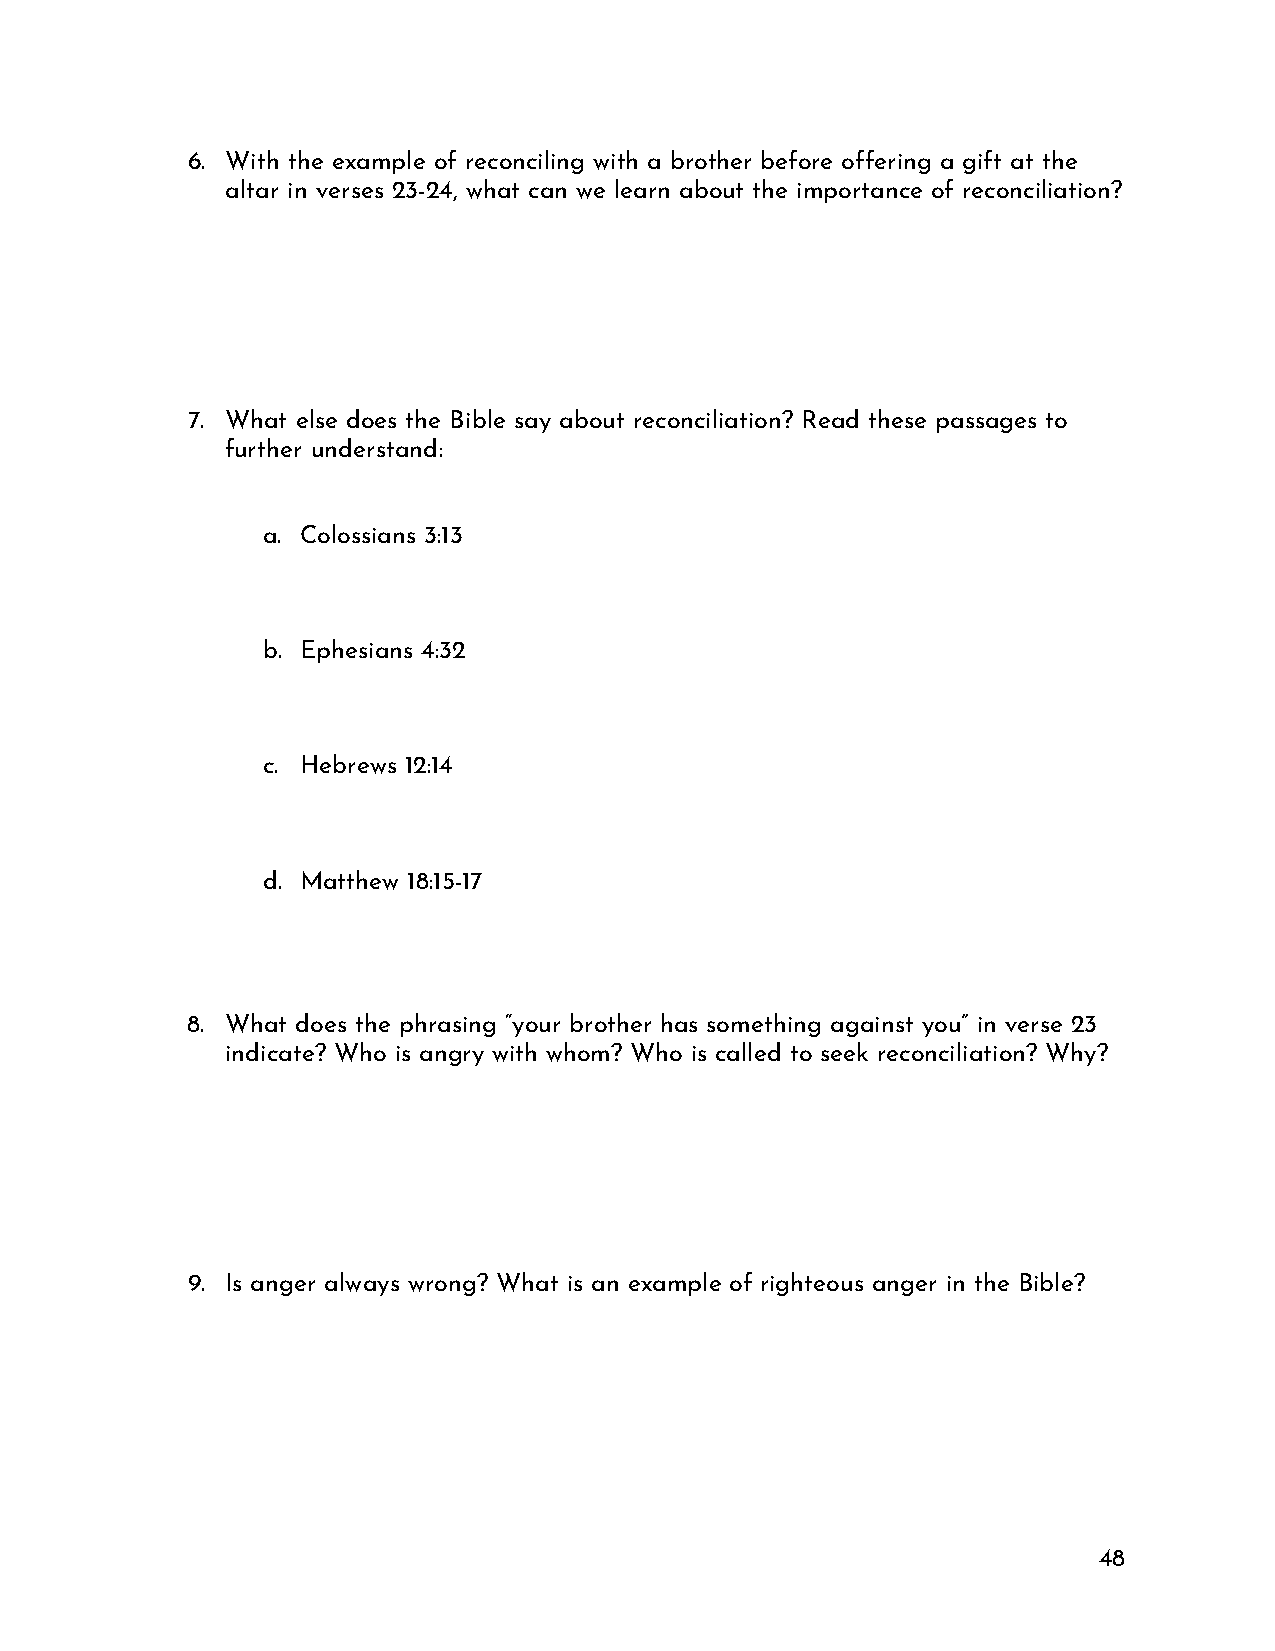
6. With the example of reconciling with a brother before offering a gift at the
 altar in verses 23-24, what can we learn about the importance of reconciliation?
 7. What else does the Bible say about reconciliation? Read these passages to
 further understand:
 a. Colossians 3:13
 b. Ephesians 4:32
 c. Hebrews 12:14
 d. Matthew 18:15-17
 8. What does the phrasing “your brother has something against you” in verse 23
 indicate? Who is angry with whom? Who is called to seek reconciliation? Why?
 9. Is anger always wrong? What is an example of righteous anger in the Bible?
 48